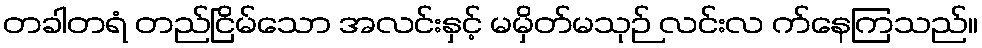
တခါတရံ တည်ငြိမ်သော အလင်းနှင့် မမှိတ်မသုဉ် လင်းလ က်နေကြသည်။